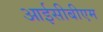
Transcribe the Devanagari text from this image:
आईसीबीएम